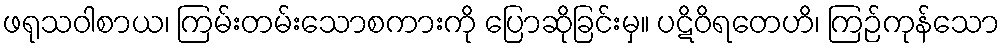
ဖရုသဝါစာယ၊ ကြမ်းတမ်းသောစကားကို ပြောဆိုခြင်းမှ။ ပဋိဝိရတေဟိ၊ ကြဉ်ကုန်သော